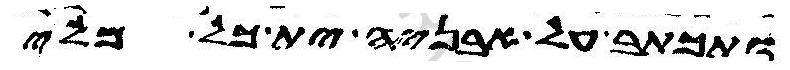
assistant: ותכתב על אבניה ית כל מלי